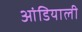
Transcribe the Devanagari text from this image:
आंडियाली